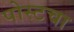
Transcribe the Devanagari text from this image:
पोस्टचा